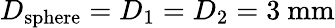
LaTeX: D_{\mathrm{sphere}}=D_{1}=D_{2}=3~\mathrm{mm}